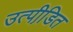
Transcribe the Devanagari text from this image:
उत्पीडि़त